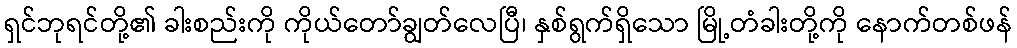
ရှင်ဘုရင်တို့၏ ခါးစည်းကို ကိုယ်တော်ချွတ်လေပြီ၊ နှစ်ရွက်ရှိသော မြို့တံခါးတို့ကို နောက်တစ်ဖန်